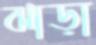
ঝাড়া